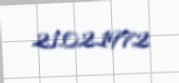
21.02.1972